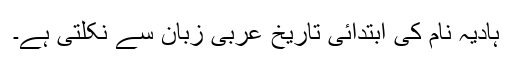
ہادیہ نام کی ابتدائی تاریخ عربی زبان سے نکلتی ہے۔